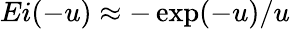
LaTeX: Ei(-u)\approx-\exp(-u)/u